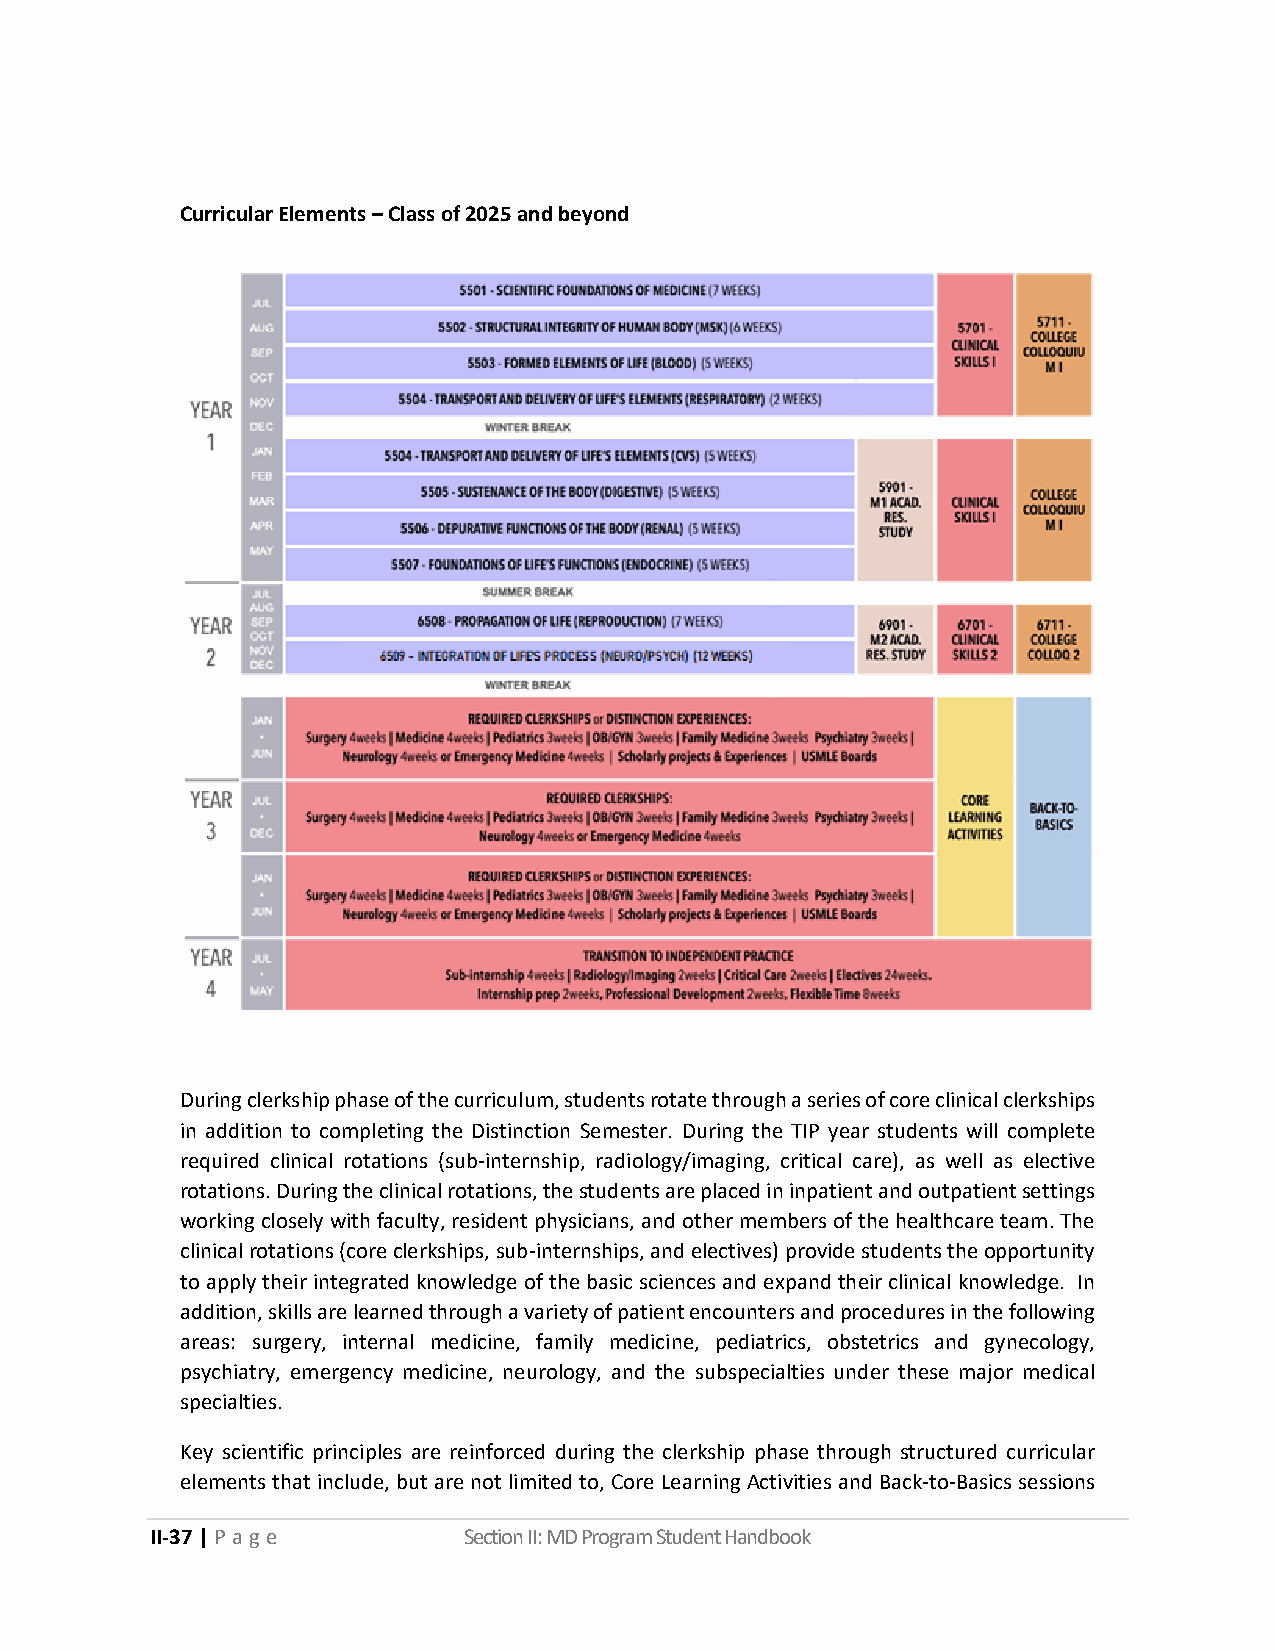
Curricular Elements – Class of 2025 and beyond
 During clerkship phase of the curriculum, students rotate through a series of core clinical clerkships
 in addition to completing the Distinction Semester. During the TIP year students will complete
 required clinical rotations (sub-internship, radiology/imaging, critical care), as well as elective
 rotations. During the clinical rotations, the students are placed in inpatient and outpatient settings
 working closely with faculty, resident physicians, and other members of the healthcare team. The
 clinical rotations (core clerkships, sub-internships, and electives) provide students the opportunity
 to apply their integrated knowledge of the basic sciences and expand their clinical knowledge. In
 addition, skills are learned through a variety of patient encounters and procedures in the following
 areas: surgery, internal medicine, family medicine, pediatrics, obstetrics and gynecology,
 psychiatry, emergency medicine, neurology, and the subspecialties under these major medical
 specialties.
 Key scientific principles are reinforced during the clerkship phase through structured curricular
 elements that include, but are not limited to, Core Learning Activities and Back-to-Basics sessions
 II-37 | P a g e      Section II: MD Program Student Handbook